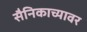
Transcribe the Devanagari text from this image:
सैनिकाच्यावर